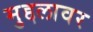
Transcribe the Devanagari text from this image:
मुद्दलावर